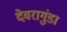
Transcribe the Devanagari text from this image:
देवरागुंडा